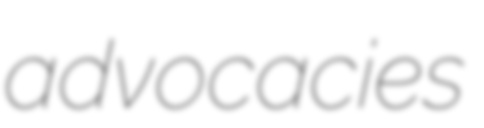
advocacies